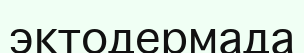
эктодермада